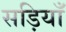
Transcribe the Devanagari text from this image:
सड़ियाँ